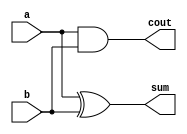
module Lab2_half_add(input a, b, output sum, cout);
	xor #(4) G1(sum, a, b);
	and #(2) G2(cout, a, b);
endmodule